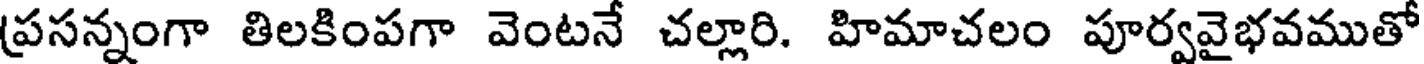
ప్రసన్నంగా తిలకింపగా వెంటనే చల్లారి. హిమాచలం పూర్వవైభవముతో